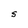
Character: S